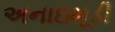
અનાઇમૂડી